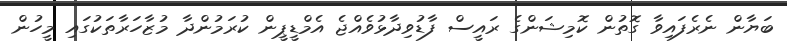
ބަޔާން ނެރެފައިވާ ގޮތުން ކޮމިޝަންގެ ރައީސް ފާޑުވިދާޅުވެއްޖެ އެމްޑީޕީން ކުރަމުންދާ މުޒާހަރާތަކުގައި މީހުން